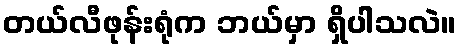
တယ်လီဖုန်းရုံက ဘယ်မှာ ရှိပါသလဲ။